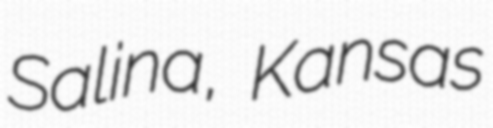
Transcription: Salina, Kansas